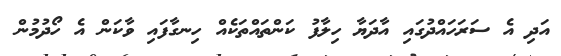
އަދި އެ ސަރަހައްދުގައި އާދަޔާ ހިލާފު ކަންތައްތަކެއް ހިނގާފައި ވާކަން އެ ހޯދުމުން